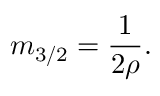
m _ { 3 / 2 } = \frac { 1 } { 2 \rho } .